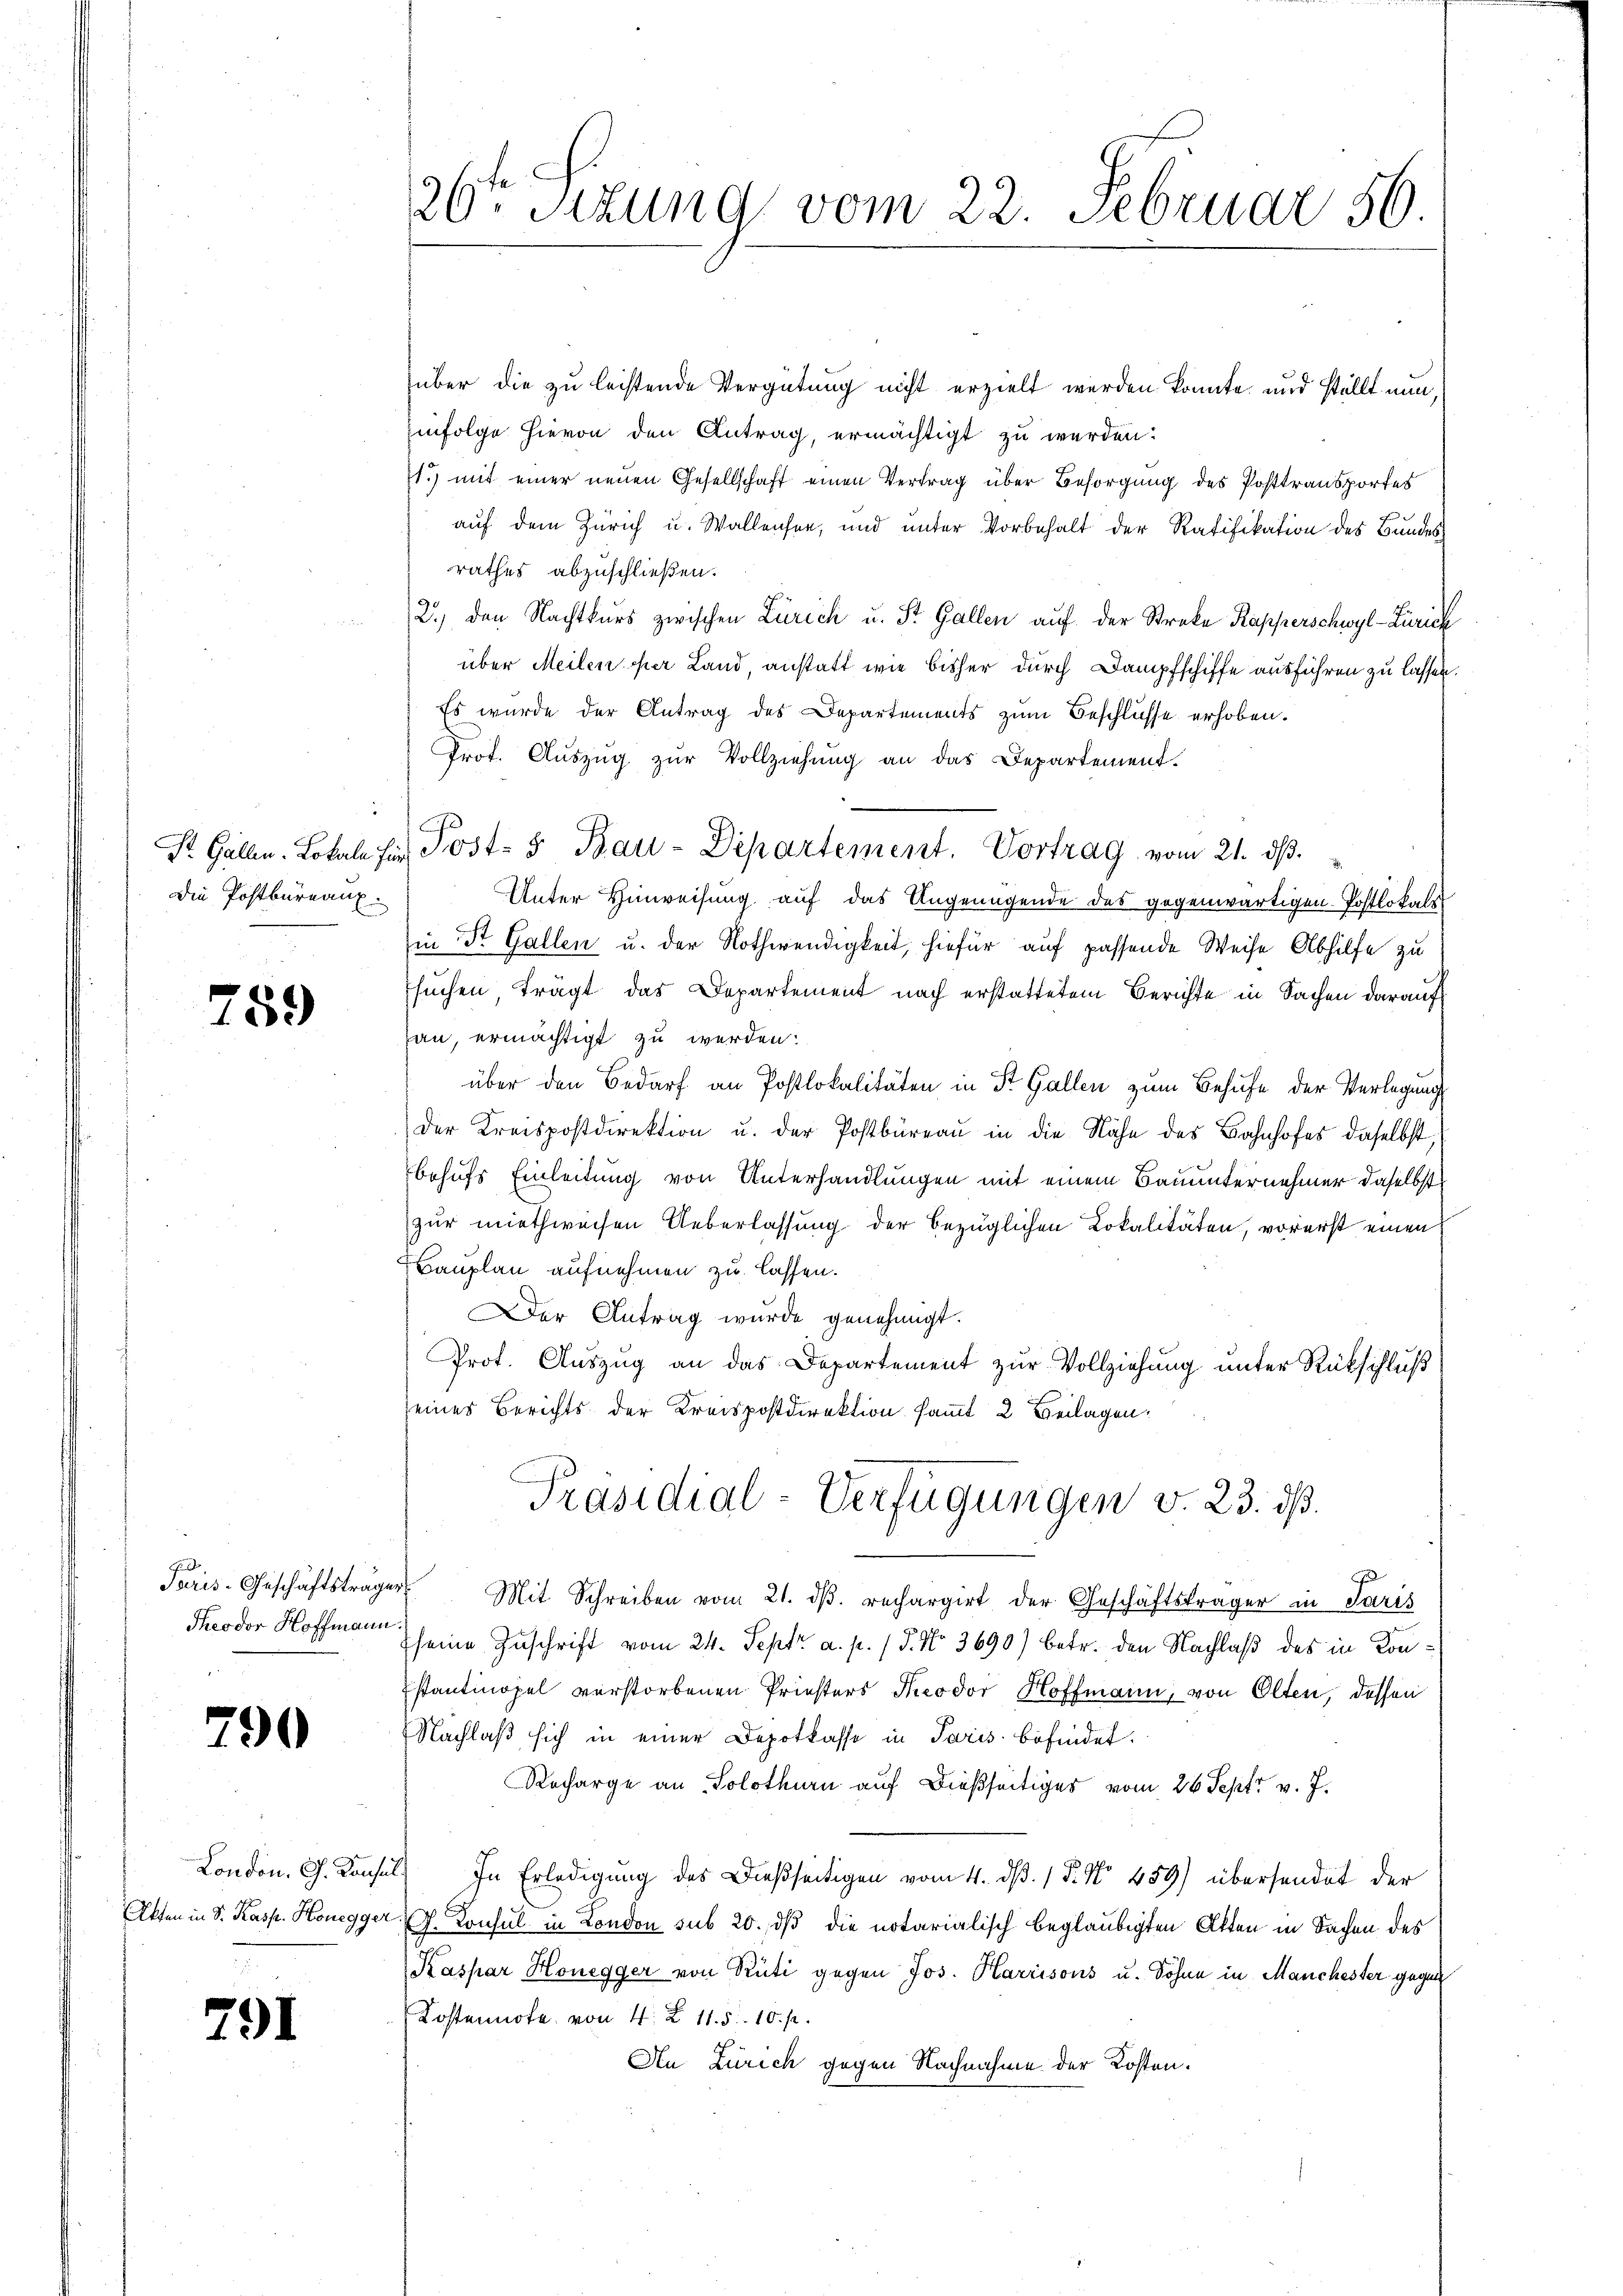
Die Postbureaux.

789

Paris-Geschäftsträge
Theodor Hoffmann

790

London. G. Kaufe
Akten in S. Kasp. Honegger

791

26ten Sizung vom 22. Februar 56

über die zu leistende Vergütung nicht erzielt werden könnte, und stellt nun,
Einfolge hievon den Antrag, ermächtigt zu werden.
1.) mit einer neuen Gesellschaft einen Vertrag über Besorgung des Posttransportes
auf dem Zürich u. Wallensee, und unter Vorbehalt der Ratifikation des Bundes
rathes abzuschließen.
2.) Den Nachtkurs zwischen Zürich u. St. Gallen auf der Streke Kapperschwyl-Zürich
über Meilen her Land, anstatt wie bisher durch Dampfschiffe ausführen zu lassen.
Es wurde der Antrag des Departements zum Beschlüsse erhoben.
Prot. Auszug zur Vollziehung an das Departement.
Unter Hinweisung auf das Ungenügende des gegenwärtigen Postlokals
Ein St. Gallen u. der Nothwendigkeit, hiefür auf passende Weise Abhilfe zu
suchen trägt das Departement nach erstattetem Berichte in Sachen darauf
an, ermächtigt zu werden.
über den Bedarf an Postlokalitäten in St. Gallen zum Behufe der Verlegung
der Kreispostdirektion u. der Postbüreaŭ in die Nähe des Bahnhofes daselbst,
behufs Einleitung von Unterhandlungen mit einem Bauunternehmer daselbst
zur miethweisen Ueberlassung der bezüglichen Lokalitäten, vorerst einen
Bauplan aufnehmen zu lassen.
Der Antrag wurde genehmigt.
Prot. Aŭszŭg an das Departement zŭr Vollziehung unter Rückschluß
eines Berichts der Kreispostdirektion sammt 2 Beilagen,
Präsidial-Verfügungen v. 23. dß.
er. Mit Schreiben vom 21. dβ. rechargirt der Geschäftsträger in Paris
seine Zuschrift vom 24. Sept. a. p. / 5. No. 3690) betr. den Nachlaß des in Konstantinopel verstorbenen Priesters Theodor Hoffmann, von Olten, dessen
Nachlaß sich in einer Depotkasse in Paris befindet.
Racharge an Solothurn auf dießseitiges vom 26 Sept. v. J.
ul) In Erledigung des Dießseitigen vom 4. dβ. / 5. No. 459) übersendet der
 G. Konsul in London sub 20. dß die notarialisch beglaubigten Atten in Sachen des
Kaspar Honegger von Rüti gegen Jos. Karrisons u. Sohne in Manchester gegen
Kostennote von 4. Z. 11. 510. p.
An Zürich gegen Nachnahme der Kosten.

Pr. Gallen. Lokale für Post- & Bau-Departement. Vortrag vom 21. ds.